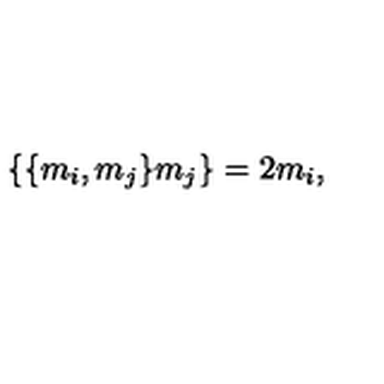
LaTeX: \lbrace \lbrace m _ { i } , m _ { j } \rbrace m _ { j } \rbrace = 2 m _ { i } ,